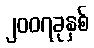
၂၀၀၇ခုနှစ်